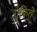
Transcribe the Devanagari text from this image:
गुंफिते